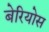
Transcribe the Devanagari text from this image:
बेरियोस